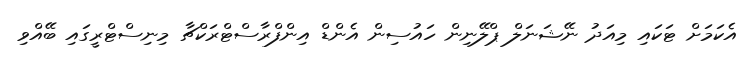
އެކަމަށް ޓަކައި މިއަދު ނޭޝަނަލް ޕްލޭނިން ހައުސިން އެންޑް އިންފްރާސްޓްރަކްޗާ މިނިސްޓްރީގައި ބޭއްވި